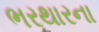
ભરથારના